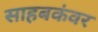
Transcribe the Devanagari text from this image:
साहबकंवर